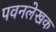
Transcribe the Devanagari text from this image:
पवनलेखक